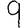
Digit: 9